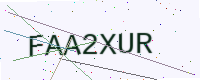
Text: FAA2XUR